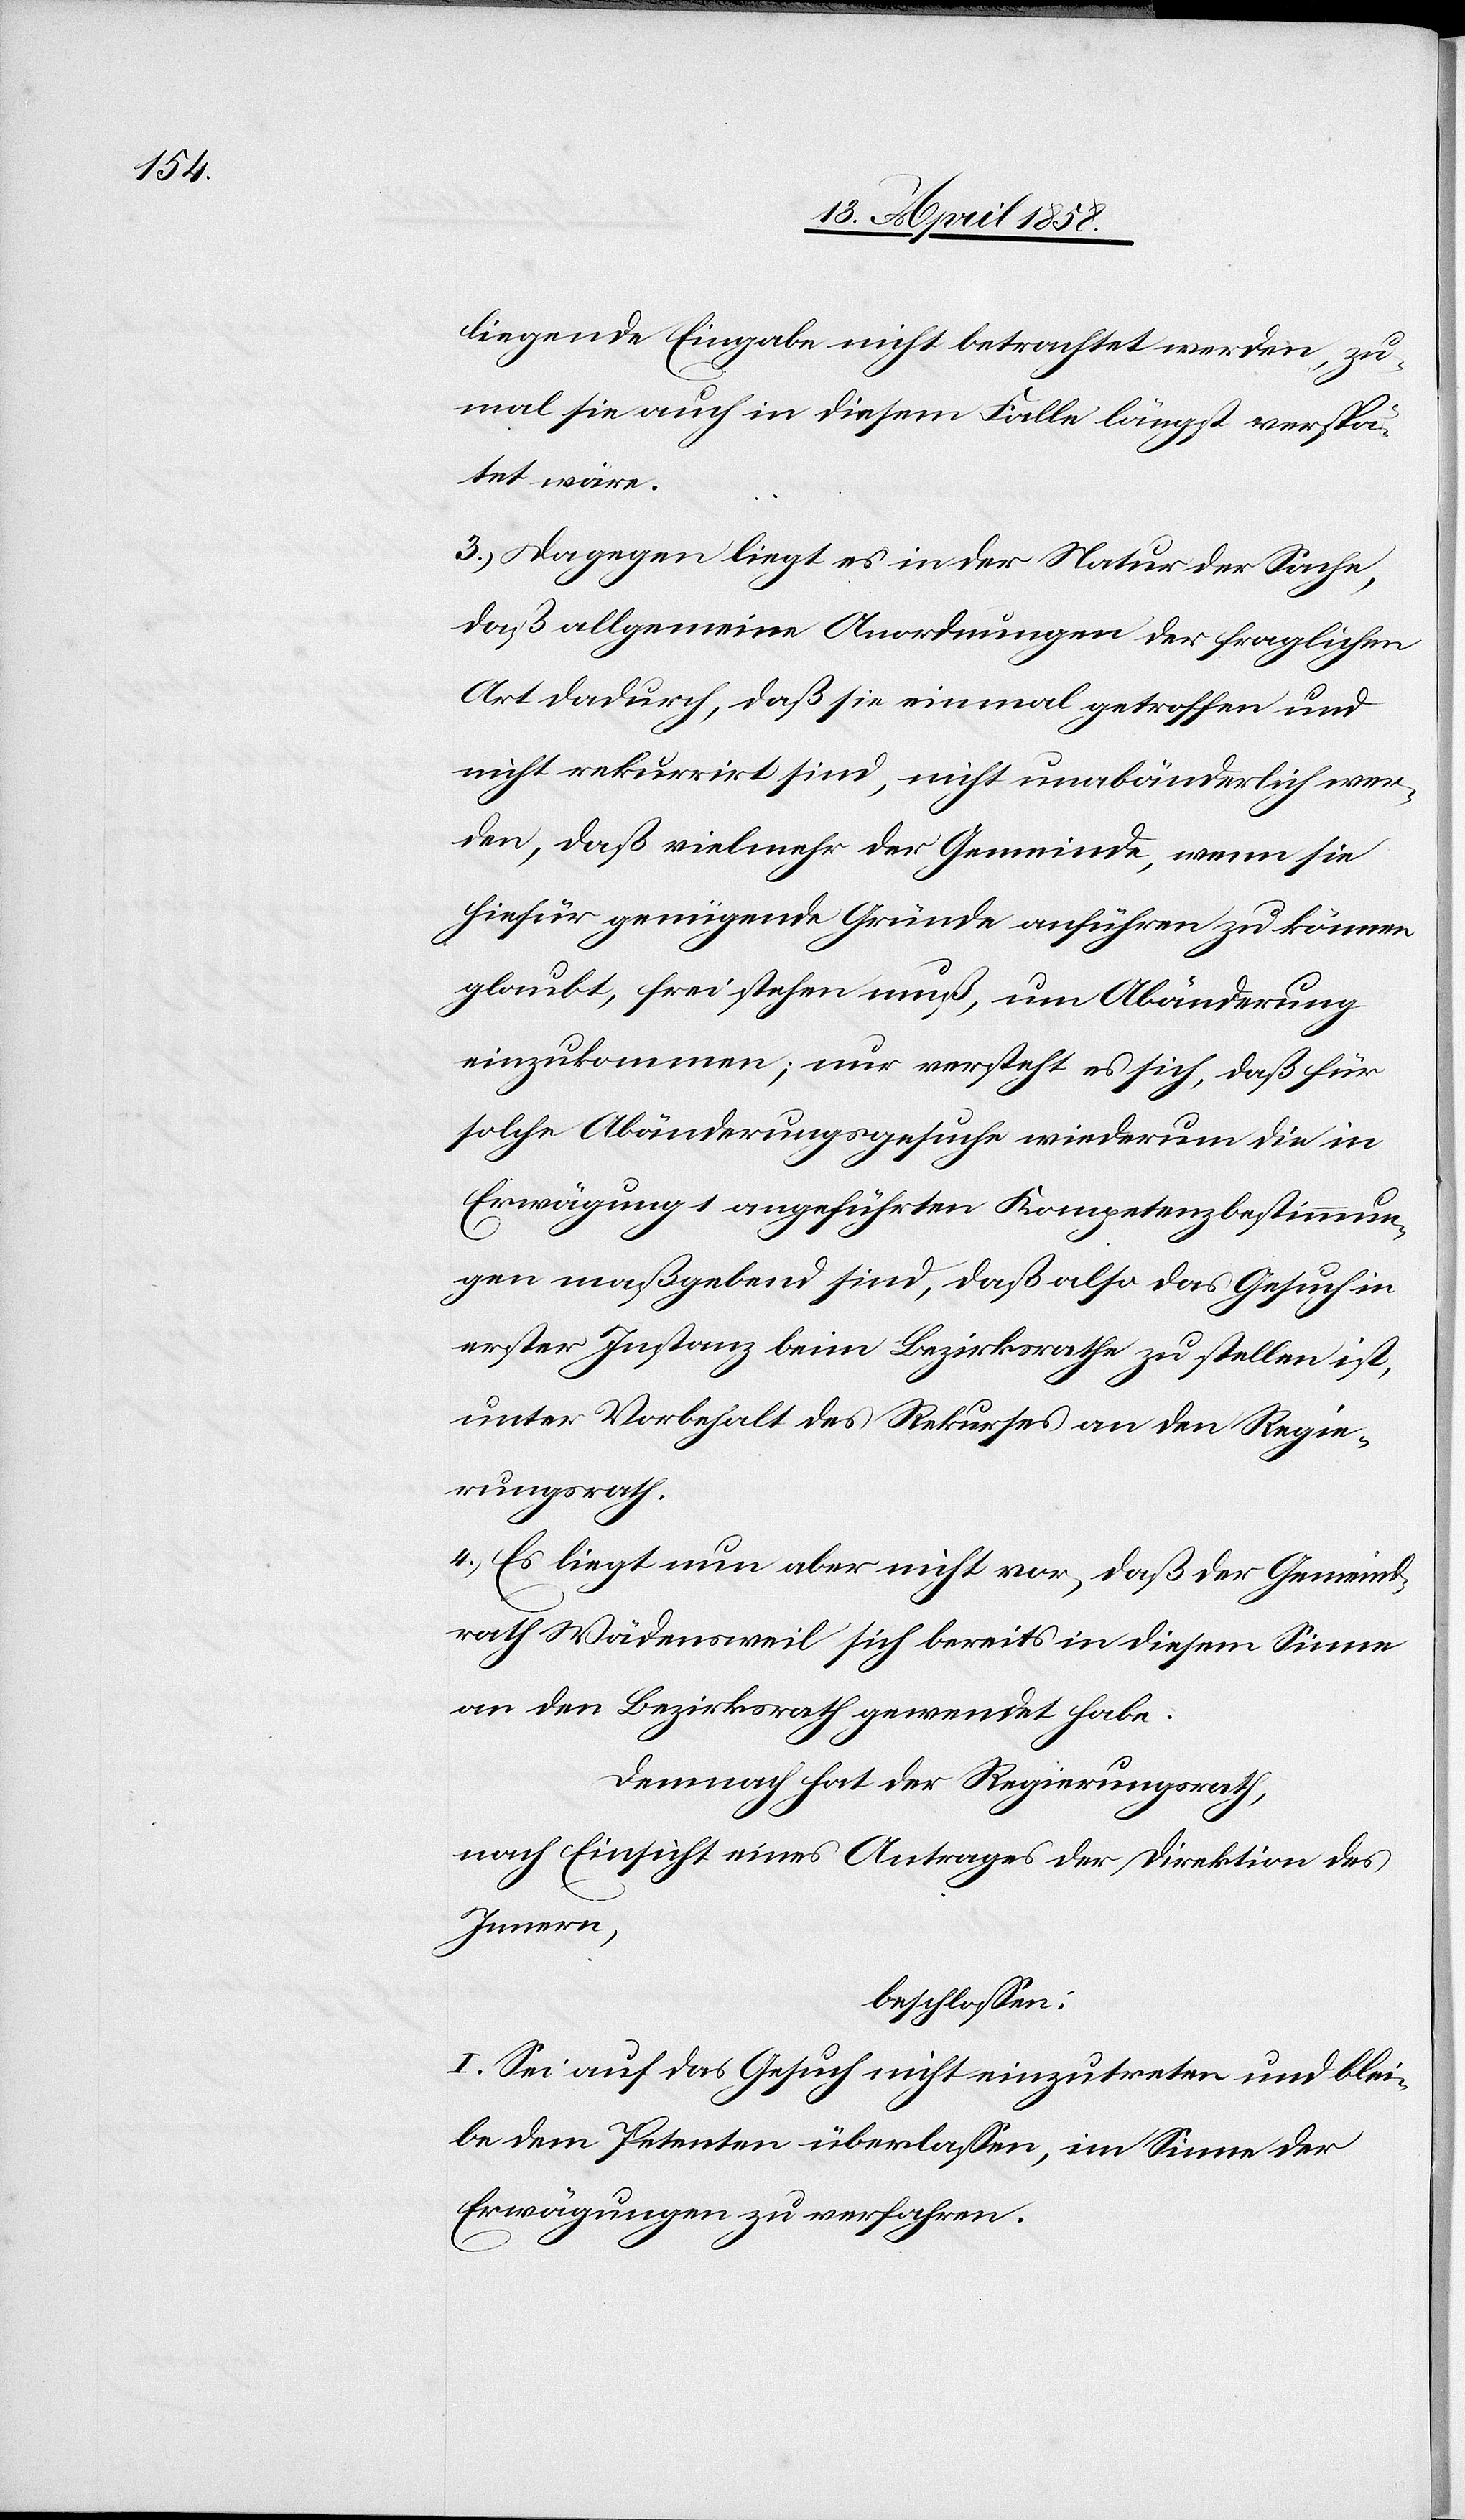
liegende Eingabe nicht betrachtet werden, zu¬
mal sie auch in diesem Falle längst verspä¬
tet wäre.
3.) Dagegen liegt es in der Natur der Sache,
daß allgemeine Anordnungen der fraglichen
Art dadurch, daß sie einmal getroffen und
nicht rekurrirt sind, nicht unabänderlich wer¬
den, daß vielmehr der Gemeinde, wenn sie
hiefür genügende Gründe anführen zu können
glaubt, frei stehen muß, um Abänderung
einzukommen; nur versteht es sich, daß für
solche Abänderungsgesuche wiederum die in
Erwägung 1 angeführten Kompetenzbestimmun¬
gen maßgebend sind, daß also das Gesuch in
erster Instanz beim Bezirksrathe zu stellen ist,
unter Vorbehalt des Rekurses an den Regie¬
rungsrath.
4.) Es liegt nun aber nicht vor, daß der Gemeind¬
rath Wädensweil sich bereits in diesem Sinne
an den Bezirksrath gewendet habe.
Demnach hat der Regierungsrath,
nach Einsicht eines Antrages der Direktion des
Innern,
beschlossen:
I. Sei auf das Gesuch nicht einzutreten und blei¬
be dem Petenten überlasen, im Sinne der
Erwägungen zu verfahren.